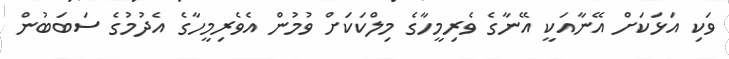
ވަކި އަޅަކަށް އޭނާއަކީ އޭނާގެ ވެރިމީހާގެ މިލްކަކަށް ވުމުން އެވެރިމީހާގެ އެދުމުގެ ސަބަބުން